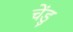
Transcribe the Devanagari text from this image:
चेंडु